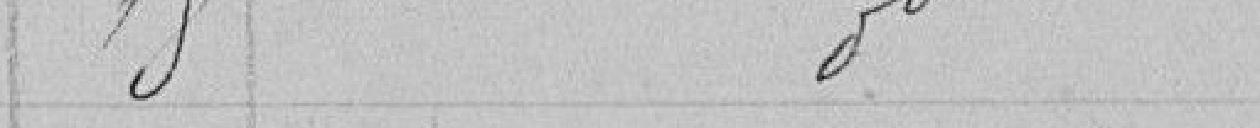
18 - Idem